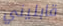
قابليني